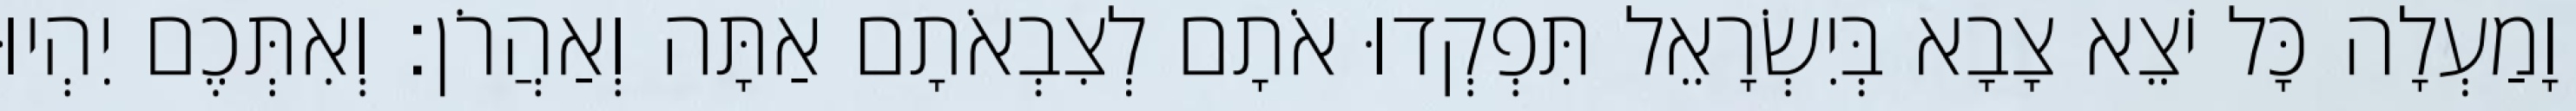
וָמַעְלָה כָּל יֹצֵא צָבָא בְּיִשְׂרָאֵל תִּפְקְדוּ אֹתָם לְצִבְאֹתָם אַתָּה וְאַהֲרֹן׃ וְאִתְּכֶם יִהְיוּ